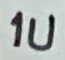
Text: 1u